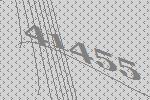
41455